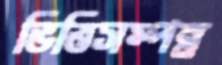
ভিত্তিসম্পন্ন